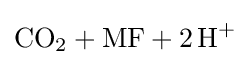
{\ce {CO2 + MF +2H+}}